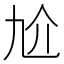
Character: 𠆷